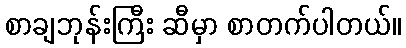
စာချဘုန်းကြီး ဆီမှာ စာတက်ပါတယ်။